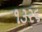
૧૩૨૬